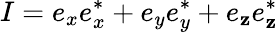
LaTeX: I=e_{x}e_{x}^{*}+e_{y}e_{y}^{*}+e_{\mathbf{z}}e_{\mathbf{z}}^{*}